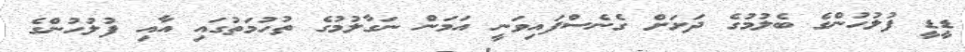
ޑީޑީ ފުލުހުންގެ ބެލުމުގެ ދަށަށް ގެނެސްފައިވަނީ އަމަން ނަގާލުމުގެ ތުހުމަތުގައި އާއި ފުލުހުންގެ